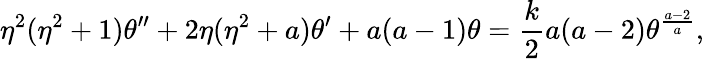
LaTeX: \eta^{2}(\eta^{2}+1)\theta^{\prime\prime}+2\eta(\eta^{2}+a)\theta^{\prime}+a(a-1)\theta={\frac{k}{2}}a(a-2)\theta^{\frac{a-2}{a}},